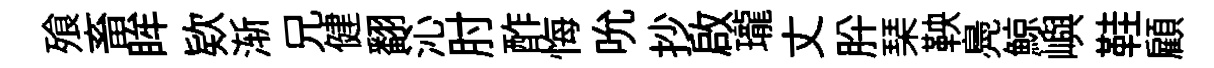
飱畜眸欵渐兄健翻沁肘酢悔吮抄啟瓏丈肸琹鞅鳧鯨嶼鞋顧